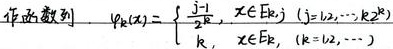
作函数列：
\[\varphi_{k}(x)=
\begin{cases}
\frac{j - 1}{2^{k}}, & x\in E_{k,j}\ (j = 1,2,\cdots,2^{k}) \\
\frac{2^{k}}{2^{k}}, & x\in E_{k}\ (k = 1,2,\cdots)
\end{cases}\]